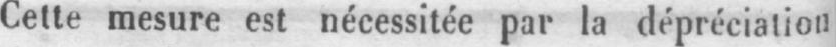
Cette mesure est nécessitée par la dépréciation